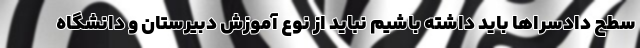
سطح دادسراها باید داشته باشیم نباید از نوع آموزش دبیرستان و دانشگاه